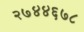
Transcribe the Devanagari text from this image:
२७४४६७८